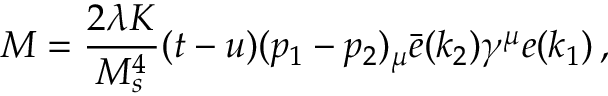
{ \cal M } = { \frac { 2 \lambda K } { M _ { s } ^ { 4 } } } ( t - u ) ( p _ { 1 } - p _ { 2 } ) _ { \mu } \bar { e } ( k _ { 2 } ) \gamma ^ { \mu } e ( k _ { 1 } ) \, ,